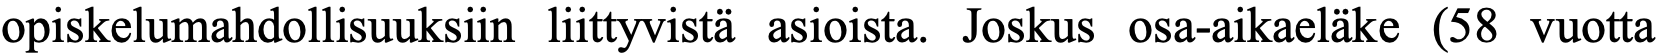
opiskelumahdollisuuksiin liittyvistä asioista. Joskus osa-aikaeläke (58 vuotta